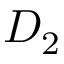
D _ { 2 }